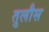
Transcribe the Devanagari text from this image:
तुलौस